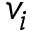
v _ { i }